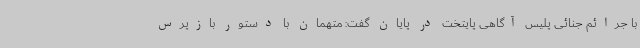
با جرائم جنائی پلیس آگاهی پایتخت در پایان گفت: متهمان با دستور بازپرس